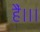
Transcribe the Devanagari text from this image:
हैं।।।